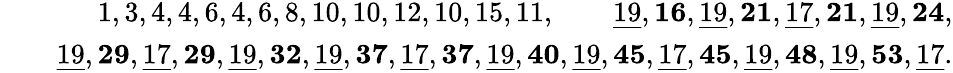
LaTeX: \begin{array}{rlr}&{}&{1,3,4,4,6,4,6,8,10,10,12,10,15,11,\quad\quad\underline{{19}},\mathbf{16},\underline{{19}},\mathbf{21},\underline{{17}},\mathbf{21},\underline{{19}},\mathbf{24},}\\ &{}&{\underline{{19}},\mathbf{29},\underline{{17}},\mathbf{29},\underline{{19}},\mathbf{32},\underline{{19}},\mathbf{37},\underline{{17}},\mathbf{37},\underline{{19}},\mathbf{40},\underline{{19}},\mathbf{45},\underline{{17}},\mathbf{45},\underline{{19}},\mathbf{48},\underline{{19}},\mathbf{53},\underline{{17}}.}\end{array}